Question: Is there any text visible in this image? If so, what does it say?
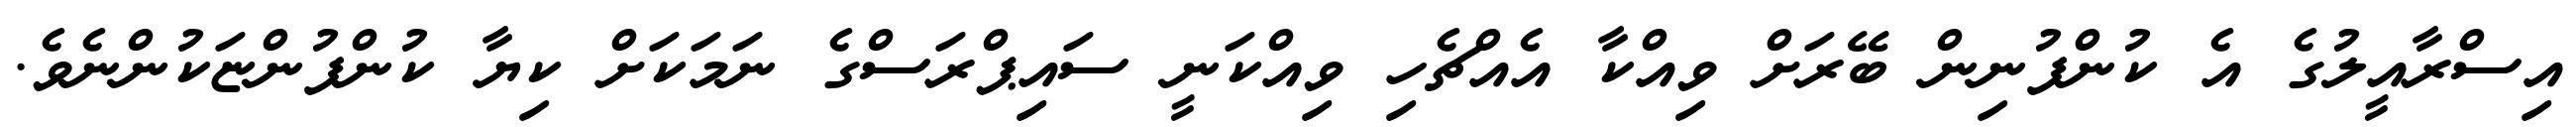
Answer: އިސްރާއީލުގެ އެ ކުންފުނިން ބޭރަށް ވިއްކާ އެއްޗެހި ވިއްކަނީ ސައިޕްރަސްގެ ނަމަކަށް ކިޔާ ކުންފުންޏަކުންނެވެ.